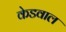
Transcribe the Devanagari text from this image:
केडवाल